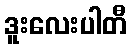
ဒူးလေးပါတီ